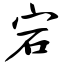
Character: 宕